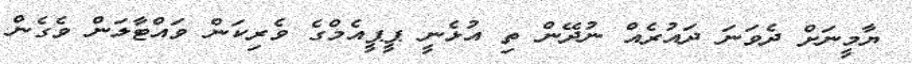
ޔާމީނަށް ދެވަނަ ދައުރެއް ނުދޭން ތި އުޅެނީ ޕީޕީއެމްގެ ވެރިކަން ވައްޓާލަން ވެގެން